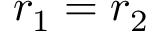
r _ { 1 } = r _ { 2 }